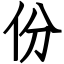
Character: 份